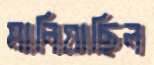
মানিয়াছিল